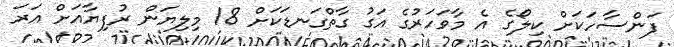
ފަންސާހަކަށް ކިލޯގެ އެ މާވަހަރުގެ އަގު ގާތްގަނޑަކަށް 18 މިލިޔަން ރުފިޔާއަށް އަރަ